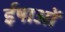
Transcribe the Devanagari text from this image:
ईषाओं